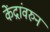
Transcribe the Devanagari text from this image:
केंद्रांवरुन